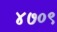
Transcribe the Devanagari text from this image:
४७०९